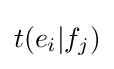
t(e_{i}|f_{j})